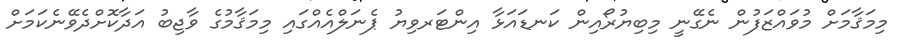
މިމަޤާމަށް މުވައްޒަފުން ނެގޭނީ މިބިޔުރޯއިން ކަނޑައަޅާ އިންޓަރވިޔު ޕެނަލްއެއްގައި މިމަޤާމުގެ ވާޖިބު އަދާކޮށްދެވޭނެކަމަށް